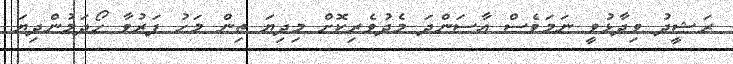
ރަޝީދު ވިދާޅުވީ ނަމަވެސް އާސަންދަ މެދުވެރިކޮށް މިދިޔަ ތިން މަހު ފަރުވާ ހޯދަމުންދިޔަ